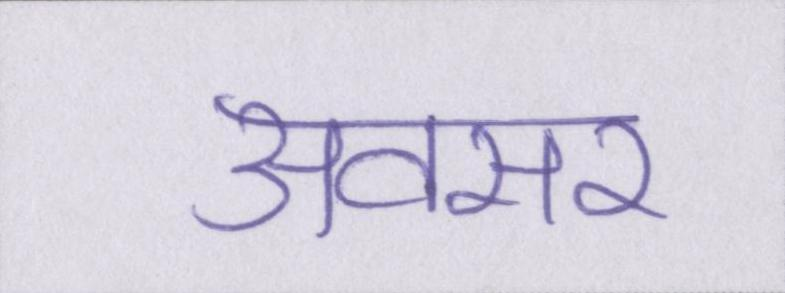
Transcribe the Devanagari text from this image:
अवसर